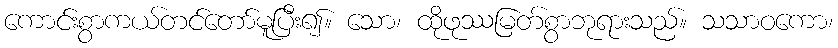
ကောင်းစွာကယ်တင်တော်မူပြီး၍။ သော၊ ထိုဖုဿမြတ်စွာဘုရားသည်။ သသာဝကော၊